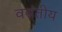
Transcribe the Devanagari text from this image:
वसंतीय